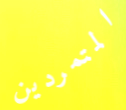
المتمردين